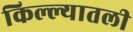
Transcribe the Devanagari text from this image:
किल्ल्यातली